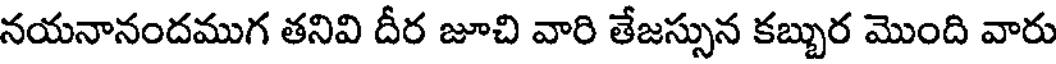
నయనానందముగ తనివి దీర జూచి వారి తేజస్సున కబ్బుర మొంది వారు